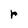
Character: r